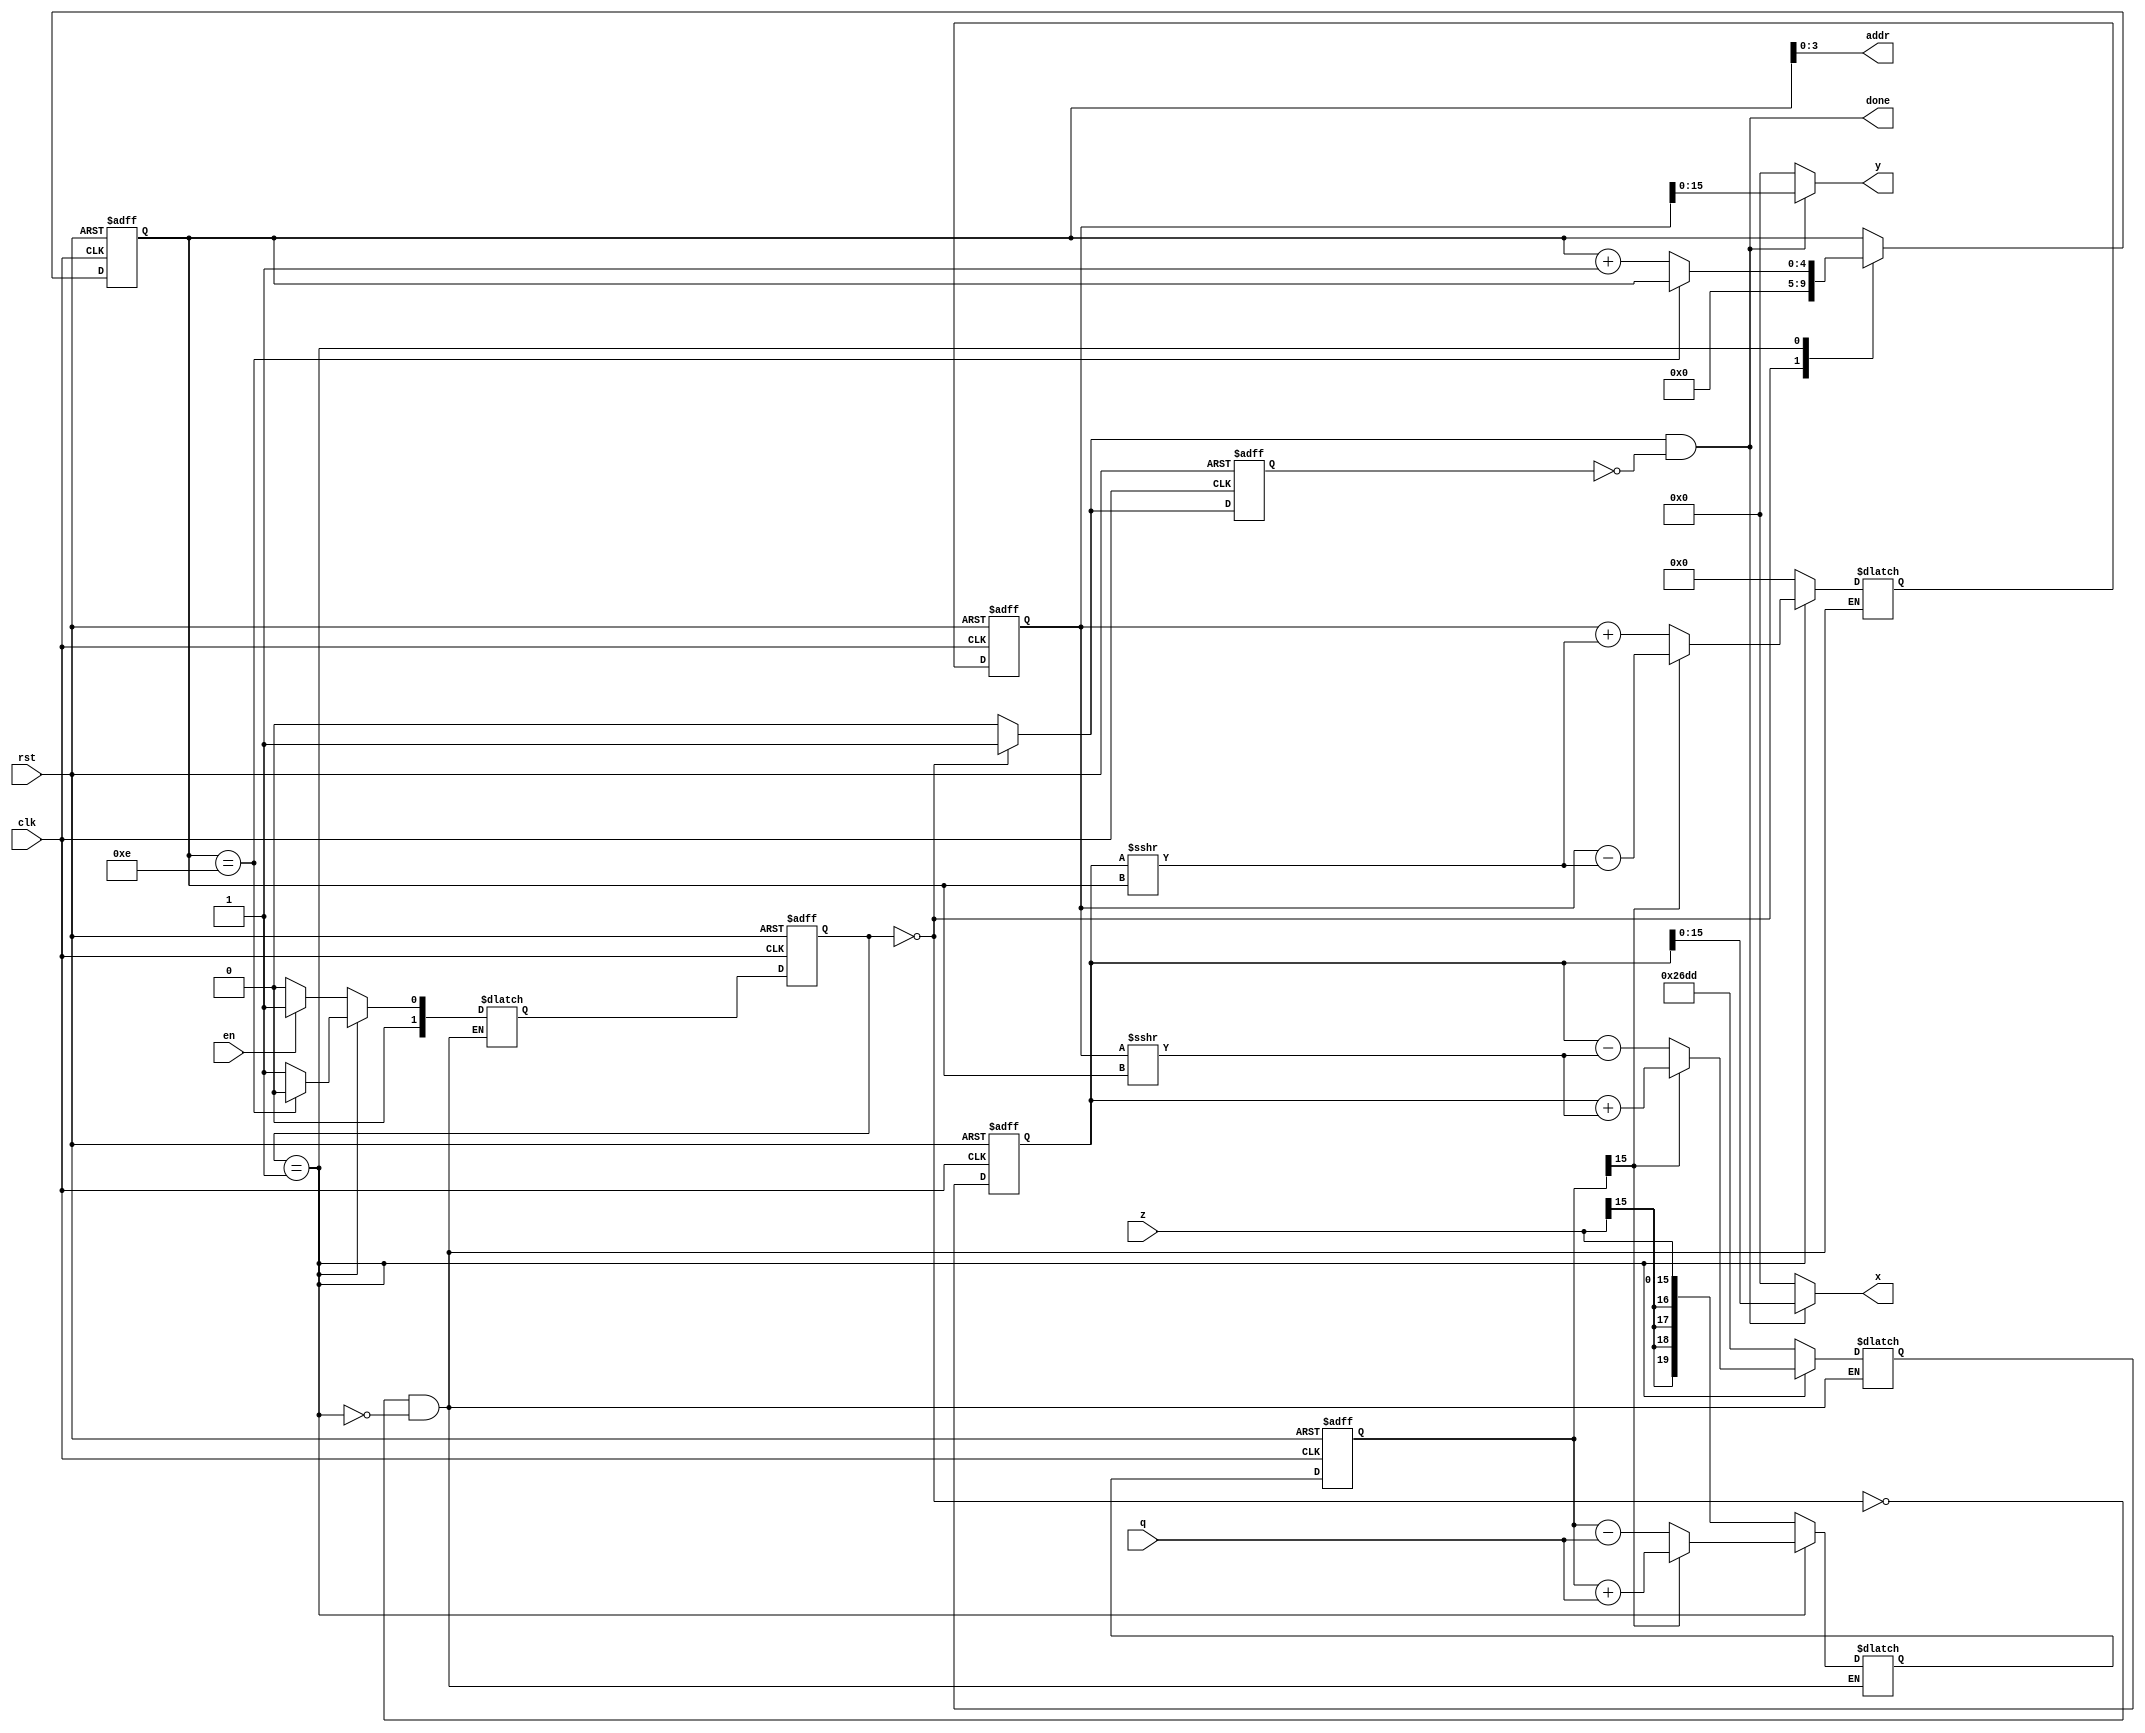
module cordic_core #(parameter DATA_WIDTH = 16, ADDR_WIDTH = 4)
(
	input	clk, rst, en,
	input signed [DATA_WIDTH-1:0] z,q,
	output [ADDR_WIDTH-1:0] addr,
	output done,
	output signed [DATA_WIDTH-1:0] x,y
);
	reg [4:0] n,n_next;
	reg done_int, done_dly;
	
	reg signed [19:0]x_reg,y_reg,x_next,y_next,z_reg,z_next;
	
	
	reg [1:0] state,state_next; 
	
	parameter idle = 1'b0, iteration = 1'b1;

	 
	always @ (posedge clk, posedge rst) 
	begin
		if (rst)
		begin
			state <= idle;
			n 	  <= 0;
			x_reg <= 0;
			y_reg <= 0;
			z_reg <= 0;
			done_dly <=1;
		end
		else
		begin
			state <= state_next;
			n 	  <= n_next;
			x_reg <= x_next;
			y_reg <= y_next;
			z_reg <= z_next;
			done_dly <= done_int;
		end	
	end

	 
	always @ (*)
	begin
		n_next = n;
		done_int = 1'b0;
		case (state)
			idle:
			begin
				if (en)
				begin
					state_next = iteration;
				end
				else
				begin
					state_next = idle;
				end
				n_next = 0;
				done_int = 1'b1;
			end
			iteration:
			begin
				if (n == (DATA_WIDTH-2))
				begin
					state_next = idle;
				end
				else
				begin
					n_next = n + 1'b1;
					state_next = iteration;
				end
			end
		endcase
	end

	
	always @ (*)
	begin
		case (state)
			idle:
			begin
				x_next = 16'h26dd;
				y_next = 0;
				z_next = z;
			end
			iteration:
			begin
				if (z_reg[DATA_WIDTH-1]==1'b0)//check polarity
				begin
					x_next = x_reg - (y_reg >>> n);
					y_next = y_reg + (x_reg >>> n);
					z_next = z_reg - q;
				end
				else
				begin
					x_next = x_reg + (y_reg >>> n);
					y_next = y_reg - (x_reg >>> n);
					z_next = z_reg + q;
				end
			end
		endcase
	end

	 
	assign addr = n;
	assign done = done_redge;

	assign done_redge = done_int & (~done_dly);   
	assign x = done_redge? x_reg: 0;
	assign y = done_redge? y_reg: 0;
	
endmodule